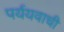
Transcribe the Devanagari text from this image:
पर्ययवाची